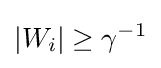
|W_{i}|\geq \gamma ^{-1}